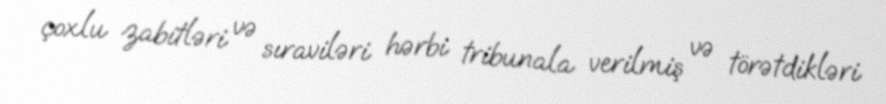
çoxlu zabitləri və sıraviləri hərbi tribunala verilmiş və törətdikləri